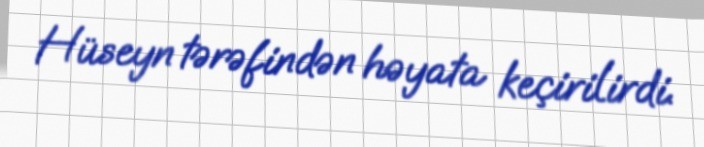
Hüseyn tərəfindən həyata keçirilirdi.